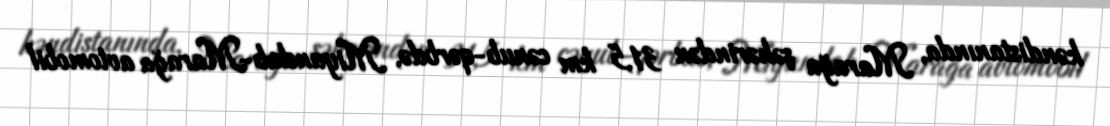
kəndistanında, Marağa şəhərindən 31,5 km cənub-qərbdə, Miyandab-Marağa avtomobil